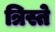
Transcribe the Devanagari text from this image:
त्रिस्ते